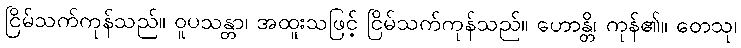
ငြိမ်သက်ကုန်သည်။ ဝူပသန္တာ၊ အထူးသဖြင့် ငြိမ်သက်ကုန်သည်။ ဟောန္တိ၊ ကုန်၏။ တေသု၊